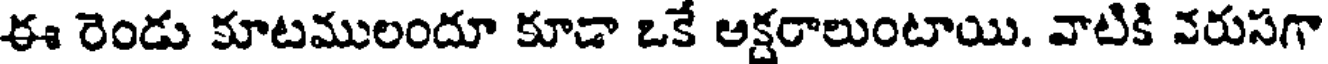
ఈ రెండు కూటములందూ కూడా ఒకే అక్షరాలుంటాయి. వాటికి వరుసగా